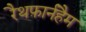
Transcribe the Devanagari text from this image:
रैथफ़ार्नहैम